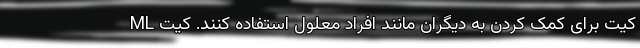
کیت برای کمک کردن به دیگران مانند افراد معلول استفاده کنند. کیت ML